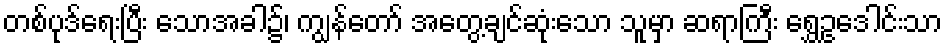
တစ်ပုဒ်ရေးပြီး သောအခါ၌၊ ကျွန်တော် အတွေ့ချင်ဆုံးသော သူမှာ ဆရာကြီး ရွှေဥဒေါင်းသာ